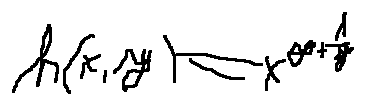
h ( x , y ) = x ^ { y + \frac { 1 } { y } }